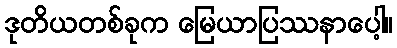
ဒုတိယတစ်ခုက မြေယာပြဿနာပေါ့။